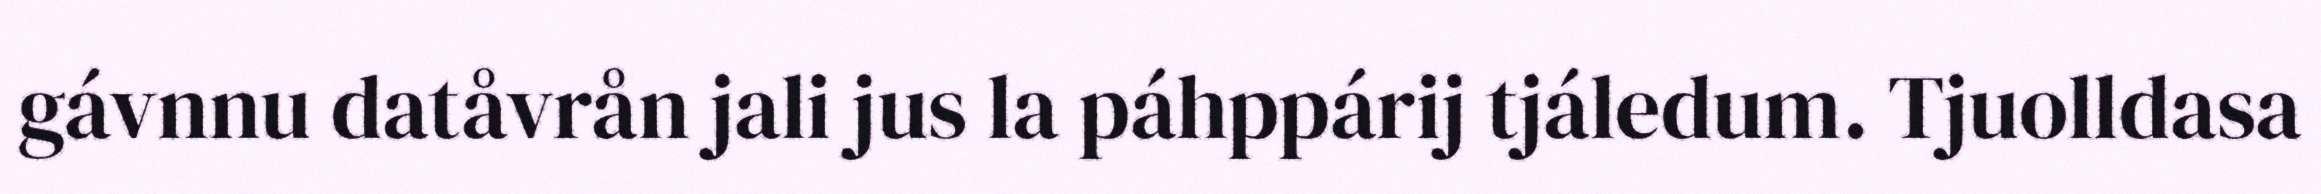
gávnnu datåvrån jali jus la páhppárij tjáledum. Tjuolldasa